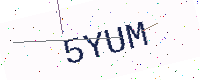
Text: 5YUM